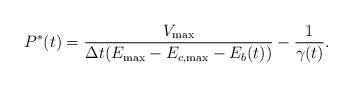
LaTeX: \begin{align*}P^*(t)= \frac{V_{\max}}{\Delta t(E_{\max}-E_{c,\max}-E_b(t))} -\frac{1}{\gamma(t)}.\end{align*}